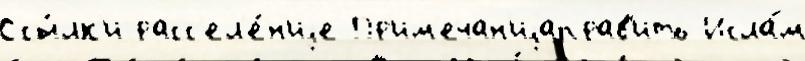
Ссы́лк'и расс'ел'е́н'иjе Пр'им'ечан'иjаправ'ить Исла́м